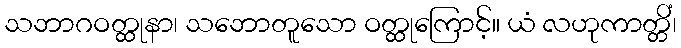
သဘာဂဝတ္ထုနာ၊ သဘောတူသော ဝတ္ထုကြောင့်။ ယံ လဟုကာတ္တိံ၊